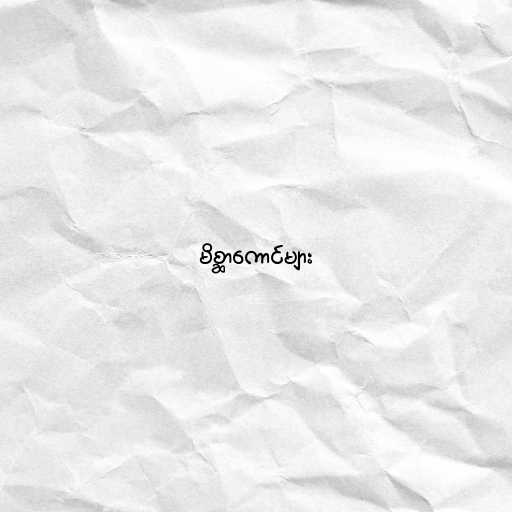
မိစ္ဆာကောင်များ